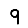
Digit: 9